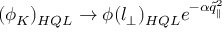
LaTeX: ( \phi _ { K } ) _ { H Q L } \rightarrow \phi ( l _ { \bot } ) _ { H Q L } e ^ { - \alpha \tilde { q } _ { \parallel } ^ { 2 } }